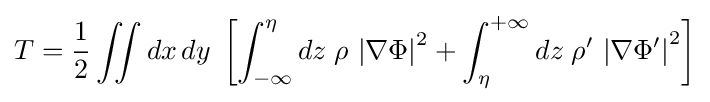
T={\frac {1}{2}}\iint dx\,dy\;\left[\int _{-\infty }^{\eta }dz\;\rho \,\left|\mathbf {\nabla } \Phi \right|^{2}+\int _{\eta }^{+\infty }dz\;\rho '\,\left|\mathbf {\nabla } \Phi '\right|^{2}\right]